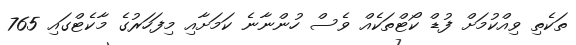
ތަކެތި ވިއްކުމަށް ފުޑް ކޯޓްތަކެއް ވެސް ހުންނާނެ ކަމަށާއި މިފަހަރުގެ މާކެޓްގައި 765